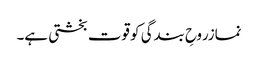
نمازروحِ بندگی کو قوت بخشتی ہے۔